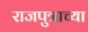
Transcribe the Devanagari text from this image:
राजपुत्राच्या